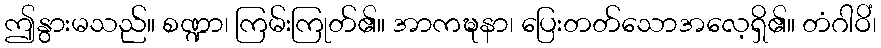
ဤနွားမသည်။ စဏ္ဍာ၊ ကြမ်းကြုတ်၏။ အာကဍ္ဎနာ၊ ပြေးတတ်သောအလေ့ရှိ၏။ တံဂါဝိံ၊